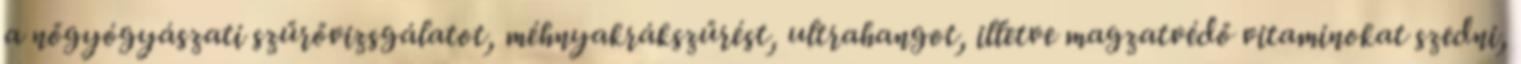
a nőgyógyászati szűrővizsgálatot, méhnyakrákszűrést, ultrahangot, illetve magzatvédő vitaminokat szedni,